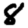
Digit: 8